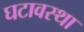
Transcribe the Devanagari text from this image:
घटावस्था